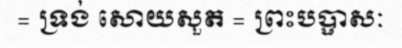
= ទ្រង់ សោយសួត = ព្រះបប្ផាសៈ